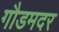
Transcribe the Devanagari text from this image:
गौडमदर